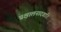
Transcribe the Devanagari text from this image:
प्रक्षालनादवारि